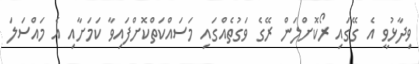
ވިދާޅުވީ އެ ގޭގައި ރޯކޮށްލަން ރޭގެ ވަގުތެއްގައި މަސައްކަތްކޮށްފައިވާ ކަމަށާއި އެ މައްސަލަ